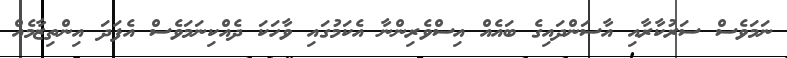
ނަމަވެސް ސަރުކާރާއި އާސަންދައިގެ ބައެއް އިސްވެރިންނާ އެކަމުގައި ވާހަކަ ދެއްކިނަމަވެސް އެފަދަ އިންތިޒާމެއް